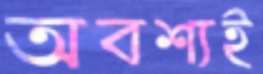
অবশ্যই